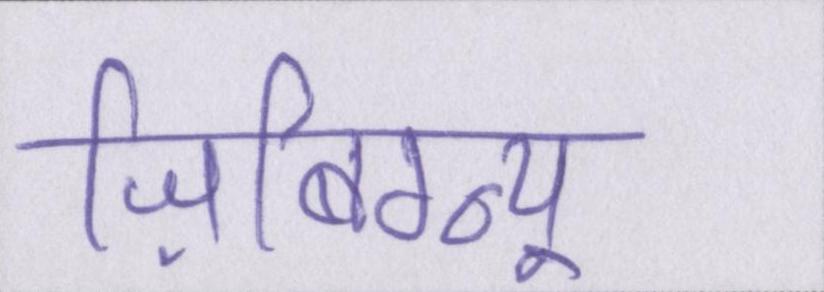
ज़िबिग्न्यू